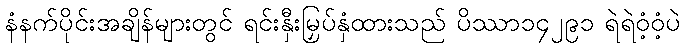
နံနက်ပိုင်းအချိန်များတွင် ရင်းနှီးမြှပ်နှံထားသည် ပိဿာ၁၄၂၉၁ ရဲရဲဝံ့ဝံ့ပဲ